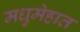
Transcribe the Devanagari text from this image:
मधुमेहात